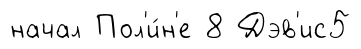
начал Пол'и́н'е 8 Дэв'ис5